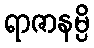
ရာဇာနမ္ပိ